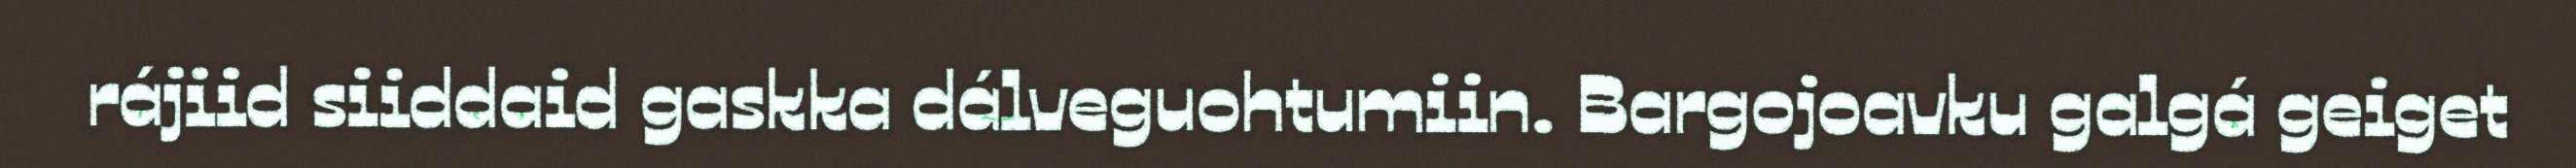
rájiid siiddaid gaskka dálveguohtumiin. Bargojoavku galgá geiget